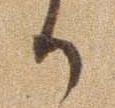
か